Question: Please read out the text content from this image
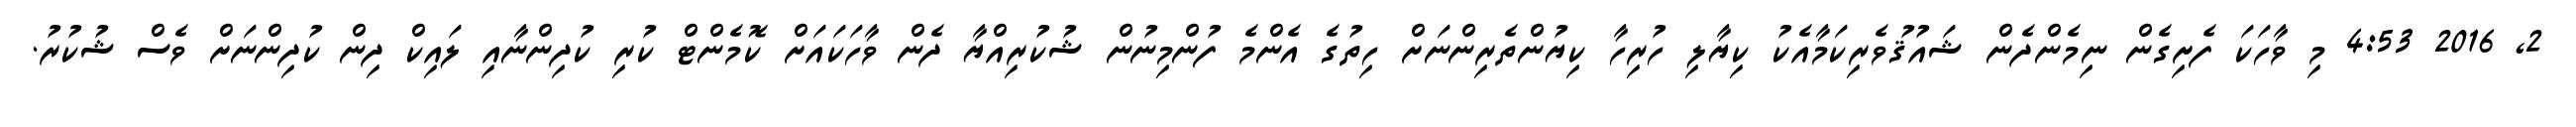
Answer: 2, 2016 4:53 މި ވާހަކަ ފެށިގެން ނިމެންދެން ޝައުޤުވެރިކަމާއެކު ކިޔާލި ހުރިހާ ކިޔުންތެރިންނަށް ހިތުގެ އެންމެ ފުންމިނުން ޝުކުރިއްޔާ ދެން ވާހަކައަށް ކޮމެންޓް ކުރި ކުދިންނާއި ލައިކް ދިން ކުދިންނަށް ވެސް ޝުކުރު.